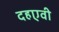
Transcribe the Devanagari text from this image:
दहएवी